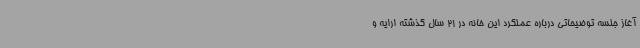
آغاز جلسه توضیحاتی درباره عملکرد این خانه در 21 سال گذشته ارایه و